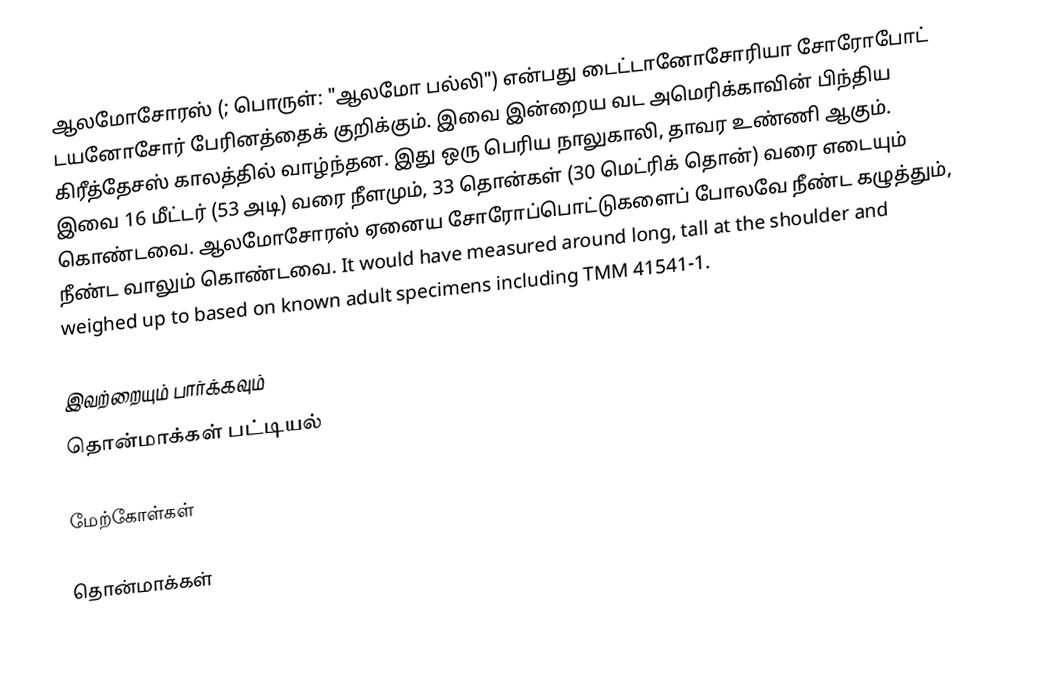
ஆலமோசோரஸ் (; பொருள்: "ஆலமோ பல்லி") என்பது டைட்டானோசோரியா சோரோபோட் டயனோசோர் பேரினத்தைக் குறிக்கும். இவை இன்றைய வட அமெரிக்காவின் பிந்திய கிரீத்தேசஸ் காலத்தில் வாழ்ந்தன. இது ஒரு பெரிய நாலுகாலி, தாவர உண்ணி ஆகும். இவை 16 மீட்டர் (53 அடி) வரை நீளமும், 33 தொன்கள் (30 மெட்ரிக் தொன்) வரை எடையும் கொண்டவை. ஆலமோசோரஸ் ஏனைய சோரோப்பொட்டுகளைப் போலவே நீண்ட கழுத்தும், நீண்ட வாலும் கொண்டவை. It would have measured around  long,  tall at the shoulder and weighed up to  based on known adult specimens including TMM 41541-1.

இவற்றையும் பார்க்கவும்
 தொன்மாக்கள் பட்டியல்

மேற்கோள்கள்

தொன்மாக்கள்